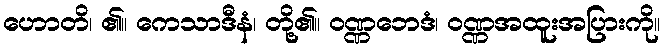
ဟောတိ၊ ၏။ ကေသာဒီနံ၊ တို့၏။ ဝဏ္ဏဘေဒံ၊ ဝဏ္ဏအထူးအပြားကို။